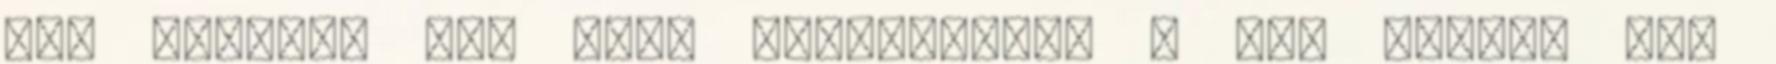
azt hiszem, két éves futamidővel . DE: mindez még